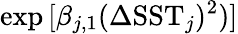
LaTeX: \exp{[\beta_{j,1}(\Delta\mathrm{SST}_{j})^{2})]}